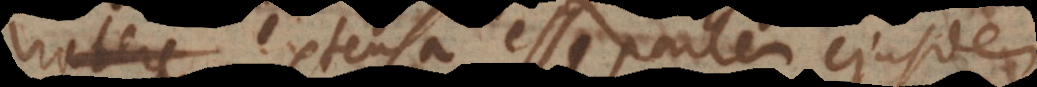
habere extensa esse partem ejusdem